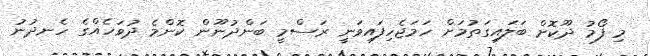
މި ފޯމު ދޫކޮށް ބަލައިގަތުމަށް ހަމަޖެހިފައިވަނީ ރަސްމީ ބަންދުނޫން ކޮންމެ ދުވަހެއްގެ ހެނދުނު